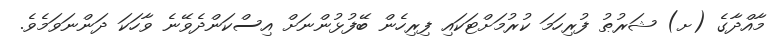
މާއްދާގެ (ށ) ޝަރުޠު ފުރިހަމަ ކުރުމަށްޓަކައި ފިރިހެން ބޭފުޅުންނަށް އިސްކަންދެވޭނެ ވާހަކަ ދަންނަވަމެވެ.